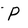
Character: P